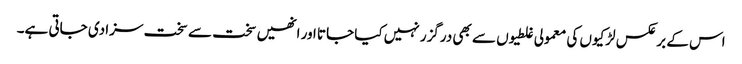
اس کے برعکس لڑکیوں کی معمولی غلطیوں سے بھی درگزر نہیں کیا جاتا اور انھیں سخت سے سخت سزا دی جاتی ہے۔